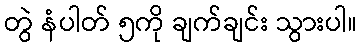
တွဲ နံပါတ် ၅ကို ချက်ချင်း သွားပါ။